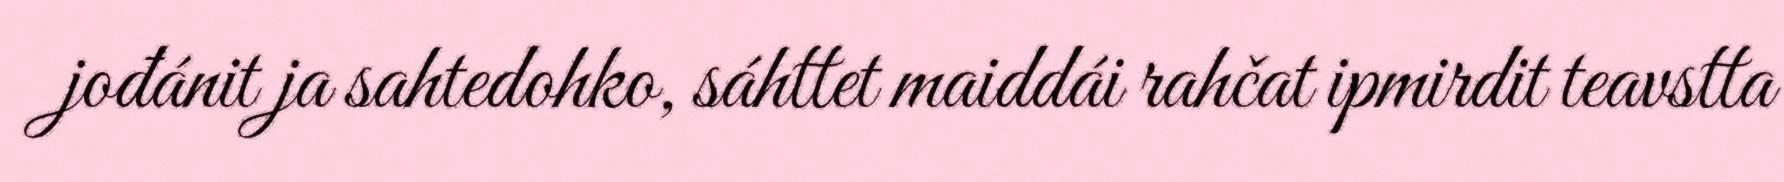
jođánit ja sahtedohko, sáhttet maiddái rahčat ipmirdit teavstta